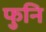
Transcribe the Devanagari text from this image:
फुनि